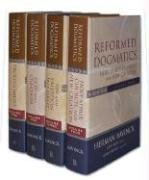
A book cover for Reformed Dogmatics (4 Volume Set); Herman Bavinck; Christian Books & Bibles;